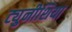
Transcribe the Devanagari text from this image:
ट्युनीशिया